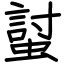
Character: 𧏛